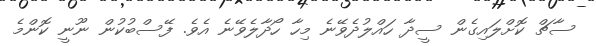
ސާޗް ކޮށްލައިގެން ސީދާ ހައްލުދެވޭނެ މިހާ ހޯދާލެވޭނެ އެވެ. ފޭސްބުކުން ނޫނީ ކޮންމެ